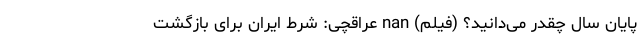
پایان سال چقدر می‌دانید؟ (فیلم) nan عراقچی: شرط ایران برای بازگشت